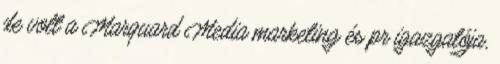
de volt a Marquard Media marketing és pr igazgatója,